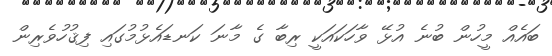
ބައެއް މީހުން ބުނެ އުޅޭ ވާހަކައަކީ ރިބާ ގެ މާނަ ކަނޑައެޅުމުގައި ފިޤުހުވެރިން